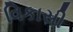
વિકાસી